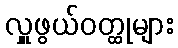
လှူဖွယ်ဝတ္ထုများ